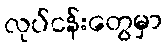
လုပ်ငန်းတွေမှာ